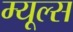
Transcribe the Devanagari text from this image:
म्यूल्स